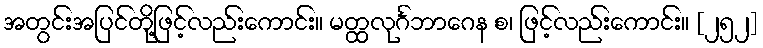
အတွင်းအပြင်တို့ဖြင့်လည်းကောင်း။ မတ္ထလုင်္ဂဘာဂေန စ၊ ဖြင့်လည်းကောင်း။ [၂၅၂]